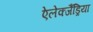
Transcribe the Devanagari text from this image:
ऐलेक्जैंड्रिया